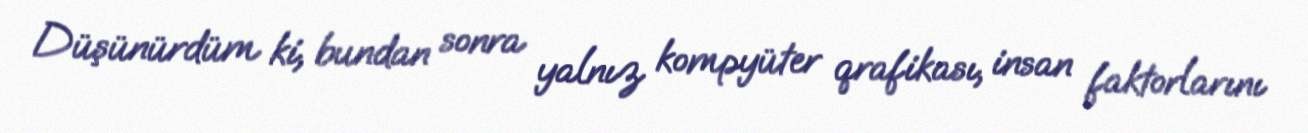
Düşünürdüm ki, bundan sonra yalnız kompyüter qrafikası, insan faktorlarını